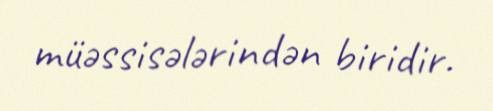
müəssisələrindən biridir.